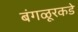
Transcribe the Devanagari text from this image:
बंगळूरकडे